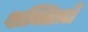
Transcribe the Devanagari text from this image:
शक्तिय़ाँ